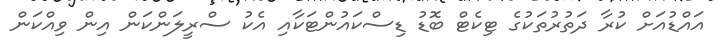
އައްޑުއަށް ކުރާ ދަތުރުތަކުގެ ޓިކެޓް ބޮޑު ޑިސްކައުންޓަކާއި އެކު ސްރީލަންކަން އިން ވިއްކަން